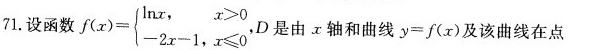
71.设函数$$f ( x ) = \begin { cases } \l n x，x > 0 \\